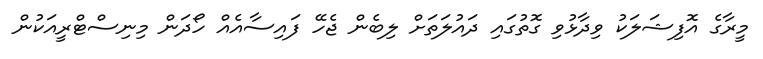
މީރާގެ އޮފިޝަލަކު ވިދާޅުވި ގޮތުގައި ދައުލަތަށް ލިބެން ޖެހޭ ފައިސާއެއް ހޯދަން މިނިސްޓްރީއަކުން